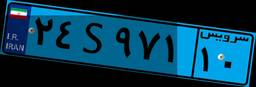
۲۴S۹۷۱۱۰